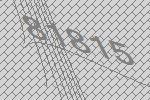
81815